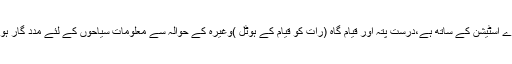
غالباً یہ ریلوے اسٹیشن کے ساتھ ہے،درست پتہ اور قیام گاہ (رات کو قیام کے ہوٹل )وغیرہ کے حوالہ سے معلومات سیاحوں کے لئے مدد گار ہو سکتی تھیں۔